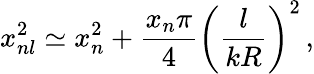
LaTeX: x_{nl}^{2}\simeq x_{n}^{2}+{\frac{x_{n}\pi}{4}}\bigg({\frac{l}{kR}}\bigg)^{2}\, ,